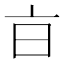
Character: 𣅀